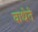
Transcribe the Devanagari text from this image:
वाधेते